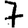
Digit: 7